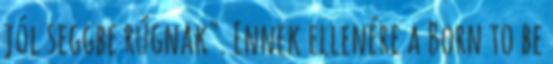
jól seggbe rúgnak". Ennek ellenére a Born to be